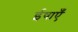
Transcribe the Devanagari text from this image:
ईषाएँ